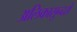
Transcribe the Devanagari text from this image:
अलिकासुन्दरो